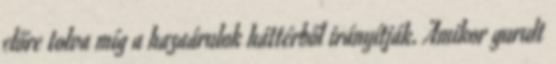
előre tolva míg a hazaárulok háttérből irányítják. Amikor gurult